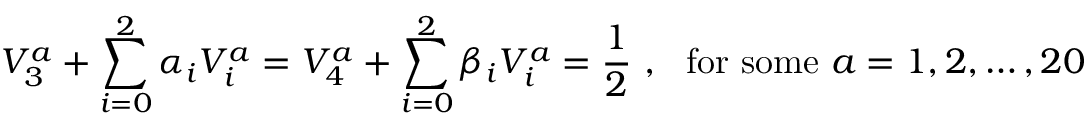
V _ { 3 } ^ { a } + \sum _ { i = 0 } ^ { 2 } \alpha _ { i } V _ { i } ^ { a } = V _ { 4 } ^ { a } + \sum _ { i = 0 } ^ { 2 } \beta _ { i } V _ { i } ^ { a } = { \frac { 1 } { 2 } } ~ , ~ ~ { \mathrm { f o r ~ s o m e } } ~ a = 1 , 2 , \dots , 2 0